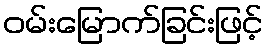
ဝမ်းမြောက်ခြင်းဖြင့်